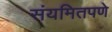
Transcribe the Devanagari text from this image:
संयमितपणे